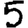
Digit: 5